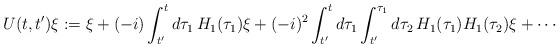
LaTeX: \begin{align*}U(t,t') \xi := \xi + (-i) \int _{t'} ^t d\tau _1 \, H_1(\tau _1) \xi + (-i)^2 \int _{t'} ^t d\tau _1 \int _{t'} ^{\tau _1} d\tau _2 \, H_1 (\tau _1) H_1 (\tau _2) \xi + \cdots \end{align*}